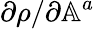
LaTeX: \partial\rho/\partial\mathbb{A}^{a}